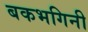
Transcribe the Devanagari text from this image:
बकभगिनी